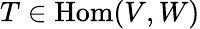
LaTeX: T\in\mathrm{Hom}(V,W)